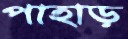
পাহাড়